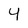
Character: 4